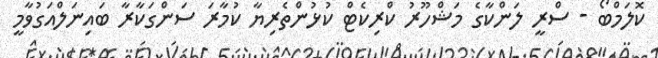
ކޮލަމްބޯ - ސްރީ ލަންކާގެ މަޝްހޫރު ކްރިކެޓް ކުޅުންތެރިޔާ ކުމާރަ ސަންގަކާރާ ބައިނަލްއަގުވާމީ